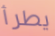
يطرأ